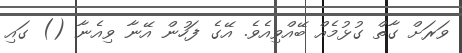
ވަރަށް ގާތް ގުޅުމެއް ބޭއްވިއެވެ. އޭގެ ފަހުން އޭނާ ވިއެނާ () ގައި